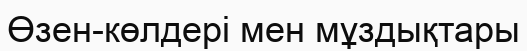
Өзен-көлдері мен мұздықтары